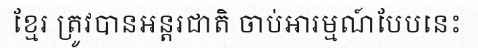
ខ្មែរ ត្រូវបានអន្តរជាតិ ចាប់អារម្មណ៍បែបនេះ